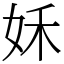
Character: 姀